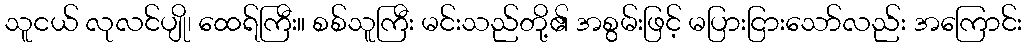
သူငယ် လုလင်ပျို၊ ထေရ်ကြီး။ စစ်သူကြီး မင်းသည်တို့၏ အစွမ်းဖြင့် မပြားငြားသော်လည်း အကြောင်း